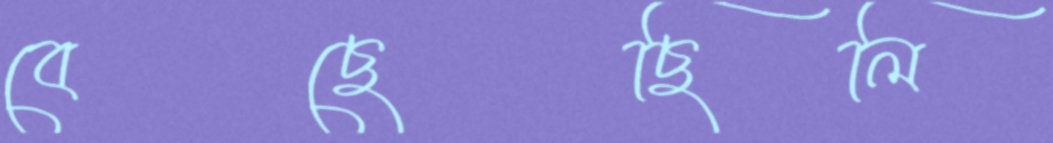
বেছেছিলি